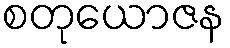
စတုယောဇန